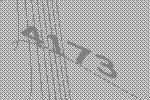
4173